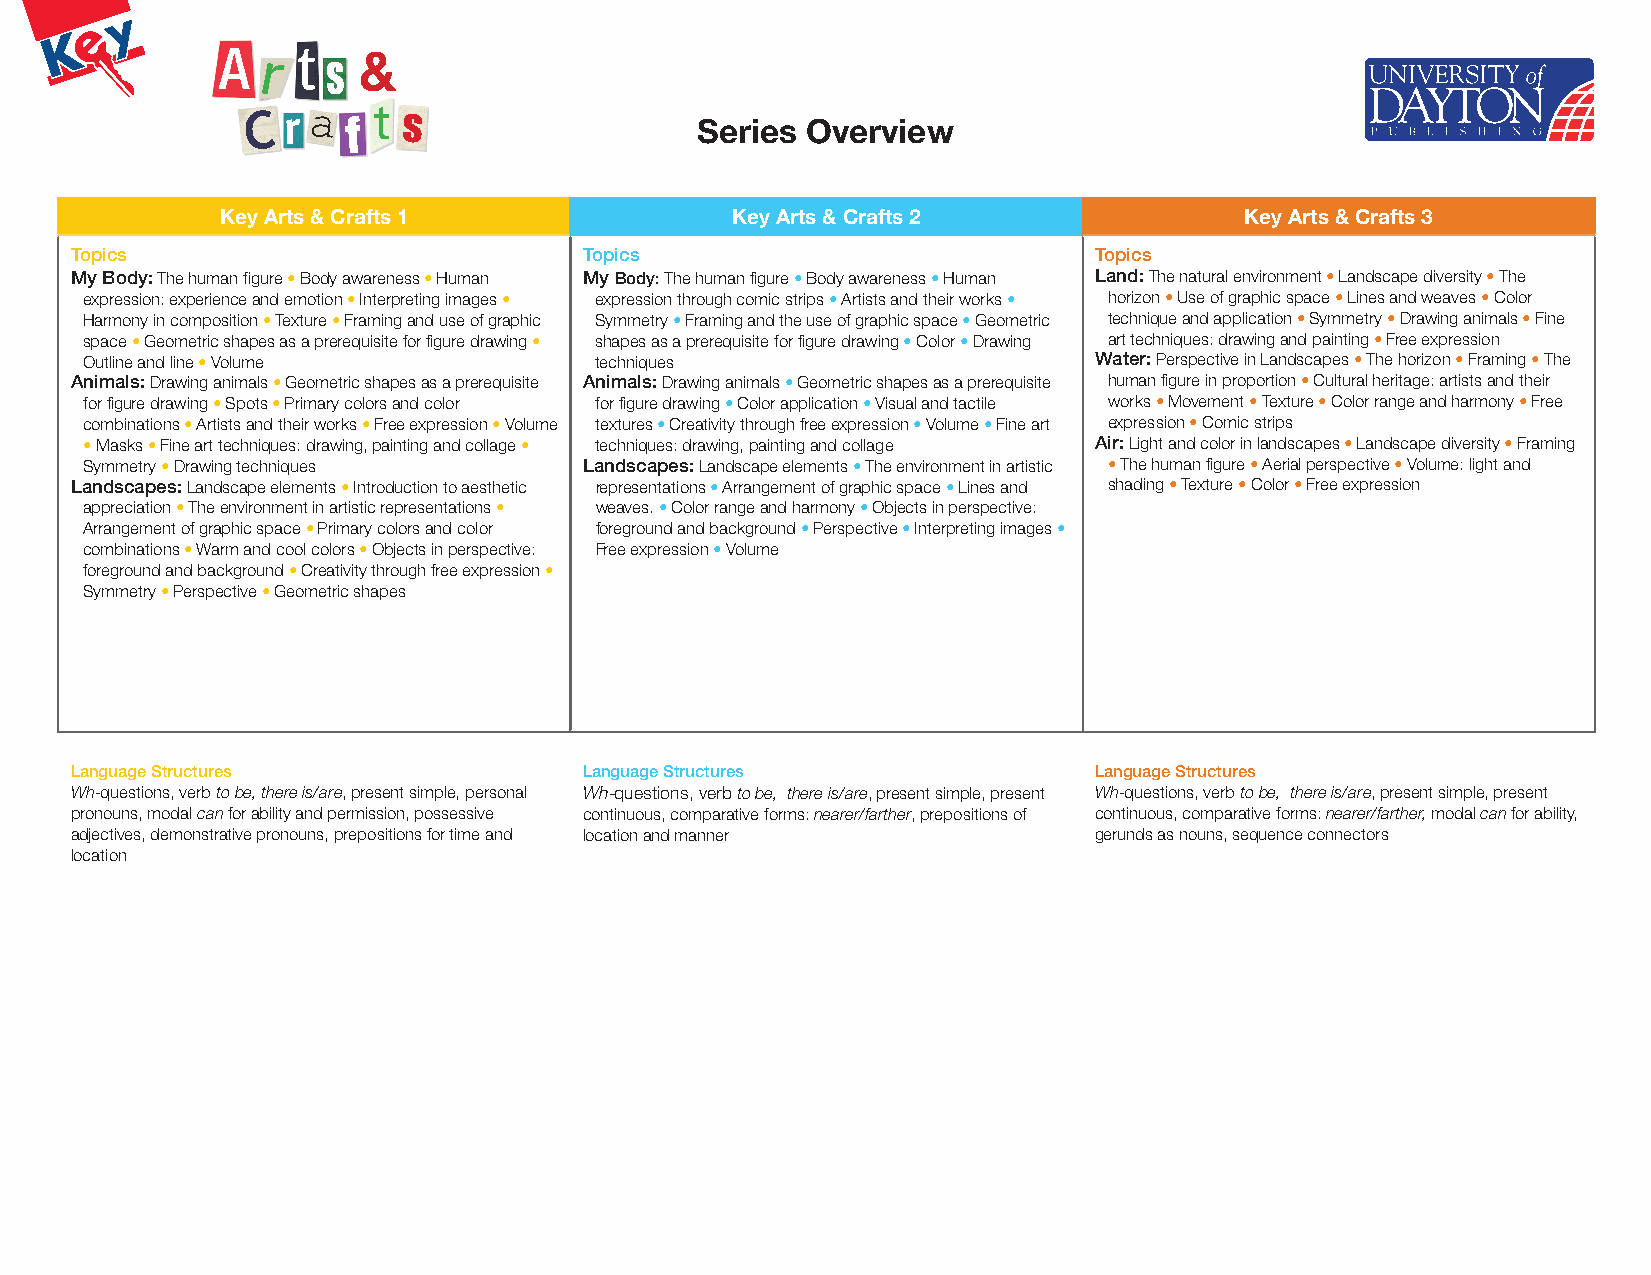
Series Overview
 Key Arts & Crafts 1              Key Arts & Crafts 2               Key Arts & Crafts 3
 Topics                            Topics                           Topics
 My Body: The human figure • Body awareness • Human My Body: The human figure • Body awareness • Human Land: The natural environment • Landscape diversity • The
 expression: experience and emotion • Interpreting images • expression through comic strips • Artists and their works • horizon • Use of graphic space • Lines and weaves • Color
 Harmony in composition • Texture • Framing and use of graphic Symmetry • Framing and the use of graphic space • Geometric technique and application • Symmetry • Drawing animals • Fine
 space • Geometric shapes as a prerequisite for figure drawing • shapes as a prerequisite for figure drawing • Color • Drawing art techniques: drawing and painting • Free expression
 Outline and line • Volume        techniques                       Water: Perspective in Landscapes • The horizon • Framing • The
 Animals: Drawing animals • Geometric shapes as a prerequisite Animals: Drawing animals • Geometric shapes as a prerequisite human figure in proportion • Cultural heritage: artists and their
 for figure drawing • Spots • Primary colors and color for figure drawing • Color application • Visual and tactile works • Movement • Texture • Color range and harmony • Free
 combinations • Artists and their works • Free expression • Volume textures • Creativity through free expression • Volume • Fine art expression • Comic strips
 • Masks • Fine art techniques: drawing, painting and collage • techniques: drawing, painting and collage Air: Light and color in landscapes • Landscape diversity • Framing
 Symmetry • Drawing techniques    Landscapes: Landscape elements • The environment in artistic • The human figure • Aerial perspective • Volume: light and
 Landscapes: Landscape elements • Introduction to aesthetic representations • Arrangement of graphic space • Lines and shading • Texture • Color • Free expression
 appreciation • The environment in artistic representations • weaves. • Color range and harmony • Objects in perspective:
 Arrangement of graphic space • Primary colors and color foreground and background • Perspective • Interpreting images •
 combinations • Warm and cool colors • Objects in perspective: Free expression • Volume
 foreground and background • Creativity through free expression •
 Symmetry • Perspective • Geometric shapes
 Language Structures               Language Structures              Language Structures
 Wh-questions, verb to be, there is/are, present simple, personal Wh-questions, verb to be, there is/are, present simple, present Wh-questions, verb to be, there is/are, present simple, present
 pronouns, modal can for ability and permission, possessive continuous, comparative forms: nearer/farther, prepositions of continuous, comparative forms: nearer/farther, modal can for ability,
 adjectives, demonstrative pronouns, prepositions for time and location and manner gerunds as nouns, sequence connectors
 location